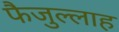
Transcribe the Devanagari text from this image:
फैजुल्लाह